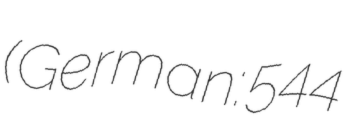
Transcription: (German: 544